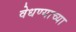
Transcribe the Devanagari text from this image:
वेधण्याच्या